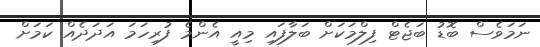
ނަމަވެސް ބޮޑު ބަޖެޓް ފިލްމަކަށް ބަލާފައި މިއީ އެންމެ ފުރިހަމަ އަދަދެއް ކަމަށް